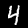
Label: 4